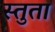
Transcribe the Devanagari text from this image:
स्तुता